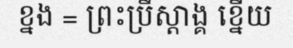
ខ្នង = ព្រះប្រឹស្តាង្គ ខ្នើយ